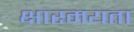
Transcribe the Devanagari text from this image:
क्षारमयता